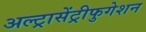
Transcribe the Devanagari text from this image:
अल्ट्रासेंट्रीफुगेशन